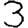
Digit: 3